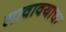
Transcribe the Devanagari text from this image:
लावावयाचा